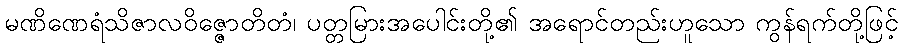
မဏိဏေရံသိဇာလဝိဇ္ဇောတိတံ၊ ပတ္တမြားအပေါင်းတို့၏ အရောင်တည်းဟူသော ကွန်ရက်တို့ဖြင့်